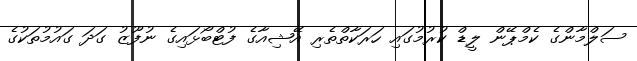
ސަލްމާންގެ ކެމްޕޭން ލީޑް ކުރުމުގައި ހަރަކާތްތެރި އޭޝިއާގެ ފުޓްބޯޅައިގެ ނުފޫޒު ގަދަ ގައުމުތަކުގެ